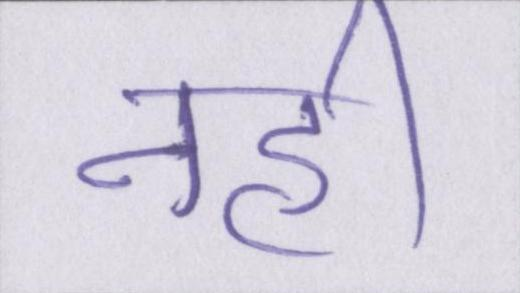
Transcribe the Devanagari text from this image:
नही